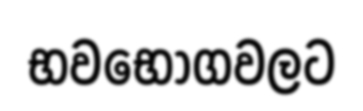
භවභෝගවලට